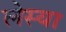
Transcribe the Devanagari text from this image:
लेस्या